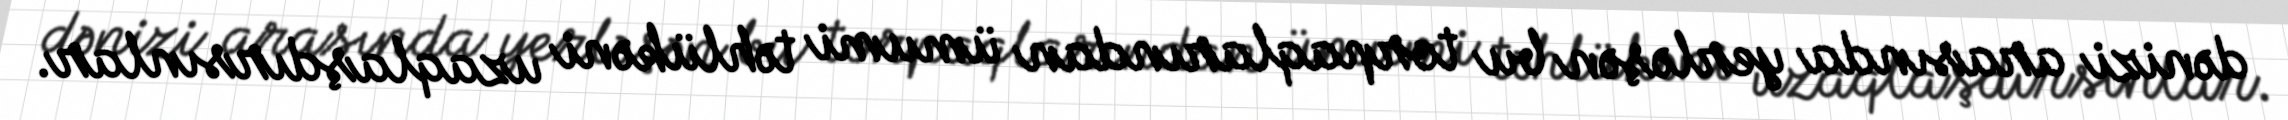
dənizi arasında yerləşən bu torpaqlarından ümumi təhlükəni uzaqlaşdırsınlar.